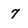
Character: 7